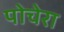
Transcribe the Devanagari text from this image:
पोचेरा